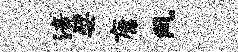
涪檗康风